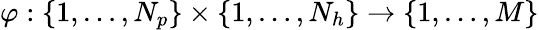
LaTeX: \varphi:\{ 1,\dots,N_{p}\} \times\{ 1,\dots,N_{h}\} \rightarrow\{ 1,\dots,M\}